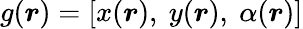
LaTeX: g(\boldsymbol{r})=[x(\boldsymbol{r}),\ y(\boldsymbol{r}),\ \alpha(\boldsymbol{r})]